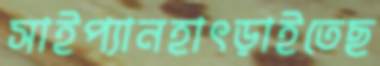
সাইপ্যানহাৎড়াইতেছ